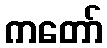
ကတော်